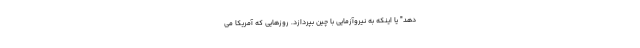
دهد" یا اینکه به نیروآزمایی با چین بپردازد. روزهایی که آمریکا می‌